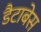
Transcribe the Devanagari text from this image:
डैटाबेस